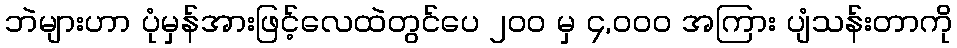
ဘဲများဟာ ပုံမှန်အားဖြင့်လေထဲတွင်ပေ ၂၀၀ မှ ၄,၀၀၀ အကြား ပျံသန်းတာကို